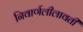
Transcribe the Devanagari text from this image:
निवार्णलीलावती